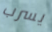
يسرب